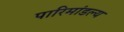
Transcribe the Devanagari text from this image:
पारिमांडल्य